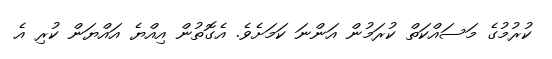
ކުރުމުގެ މަސައްކަތް ކުރަމުން އަންނަ ކަމަށެވެ. އެގޮތުން އިއްޔެ އައްޔަން ކުރި އެ